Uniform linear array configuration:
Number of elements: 4
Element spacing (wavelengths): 0.75
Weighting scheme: hann
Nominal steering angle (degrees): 0
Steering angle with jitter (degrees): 1.065
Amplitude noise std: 0.05
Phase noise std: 0.05

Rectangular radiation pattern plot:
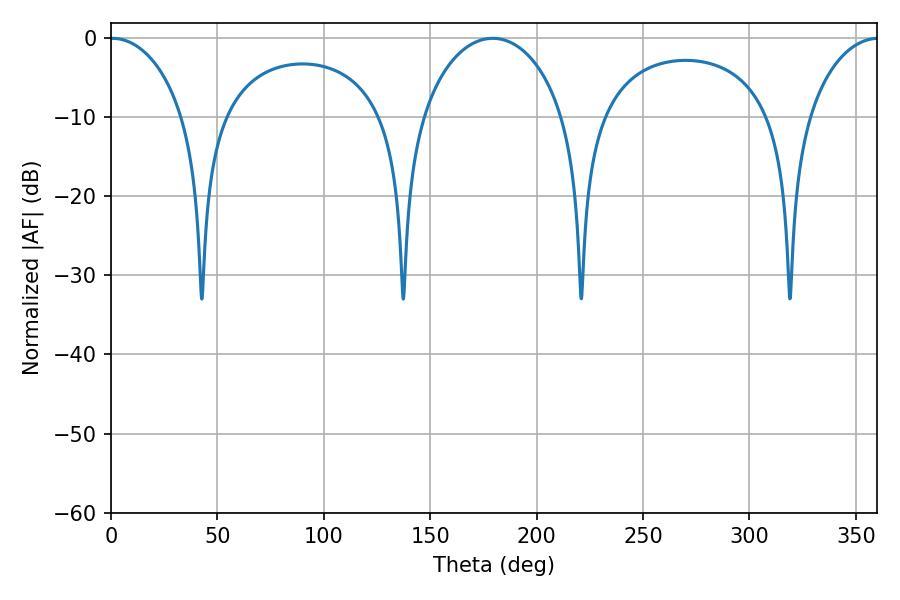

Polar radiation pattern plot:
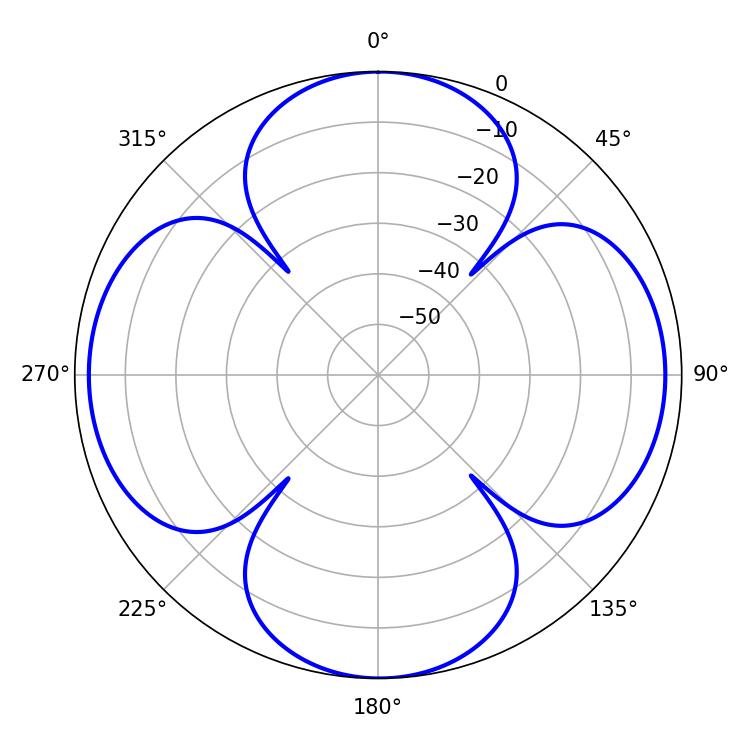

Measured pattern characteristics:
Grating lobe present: TRUE
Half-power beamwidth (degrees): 19.98
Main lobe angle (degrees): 0.72